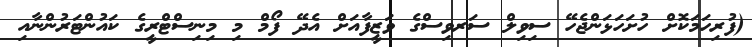
(ފުރިހަމަކޮށް ހުށަހަޅަންޖެހޭ ސިވިލް ސަރވިސްގެ ވަޒީފާއަށް އެދޭ ފޯމް މި މިނިސްޓްރީގެ ކައުންޓަރުންނާއި